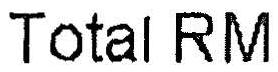
TOTAL RM